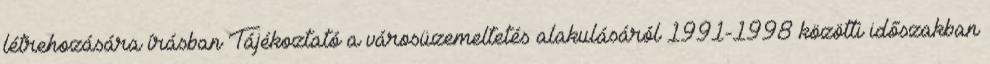
létrehozására írásban Tájékoztató a városüzemeltetés alakulásáról 1991-1998 közötti időszakban